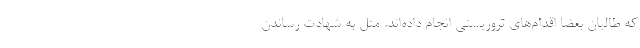
كه طالبان بعضا اقدام‌هاي تروريستي انجام داده‌اند. مثل به شهادت رساندن